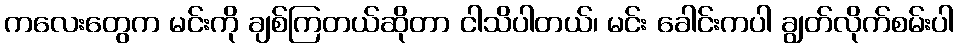
ကလေးတွေက မင်းကို ချစ်ကြတယ်ဆိုတာ ငါသိပါတယ်၊ မင်း ခေါင်းကပါ ချွတ်လိုက်စမ်းပါ